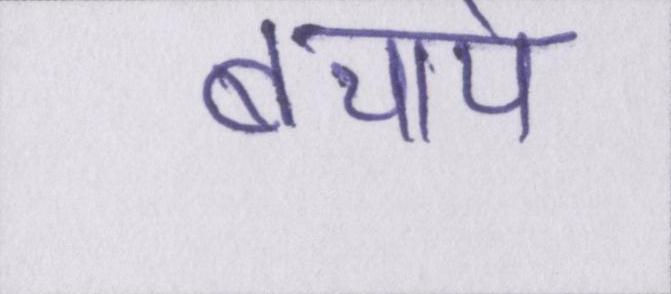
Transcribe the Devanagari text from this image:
बचाये